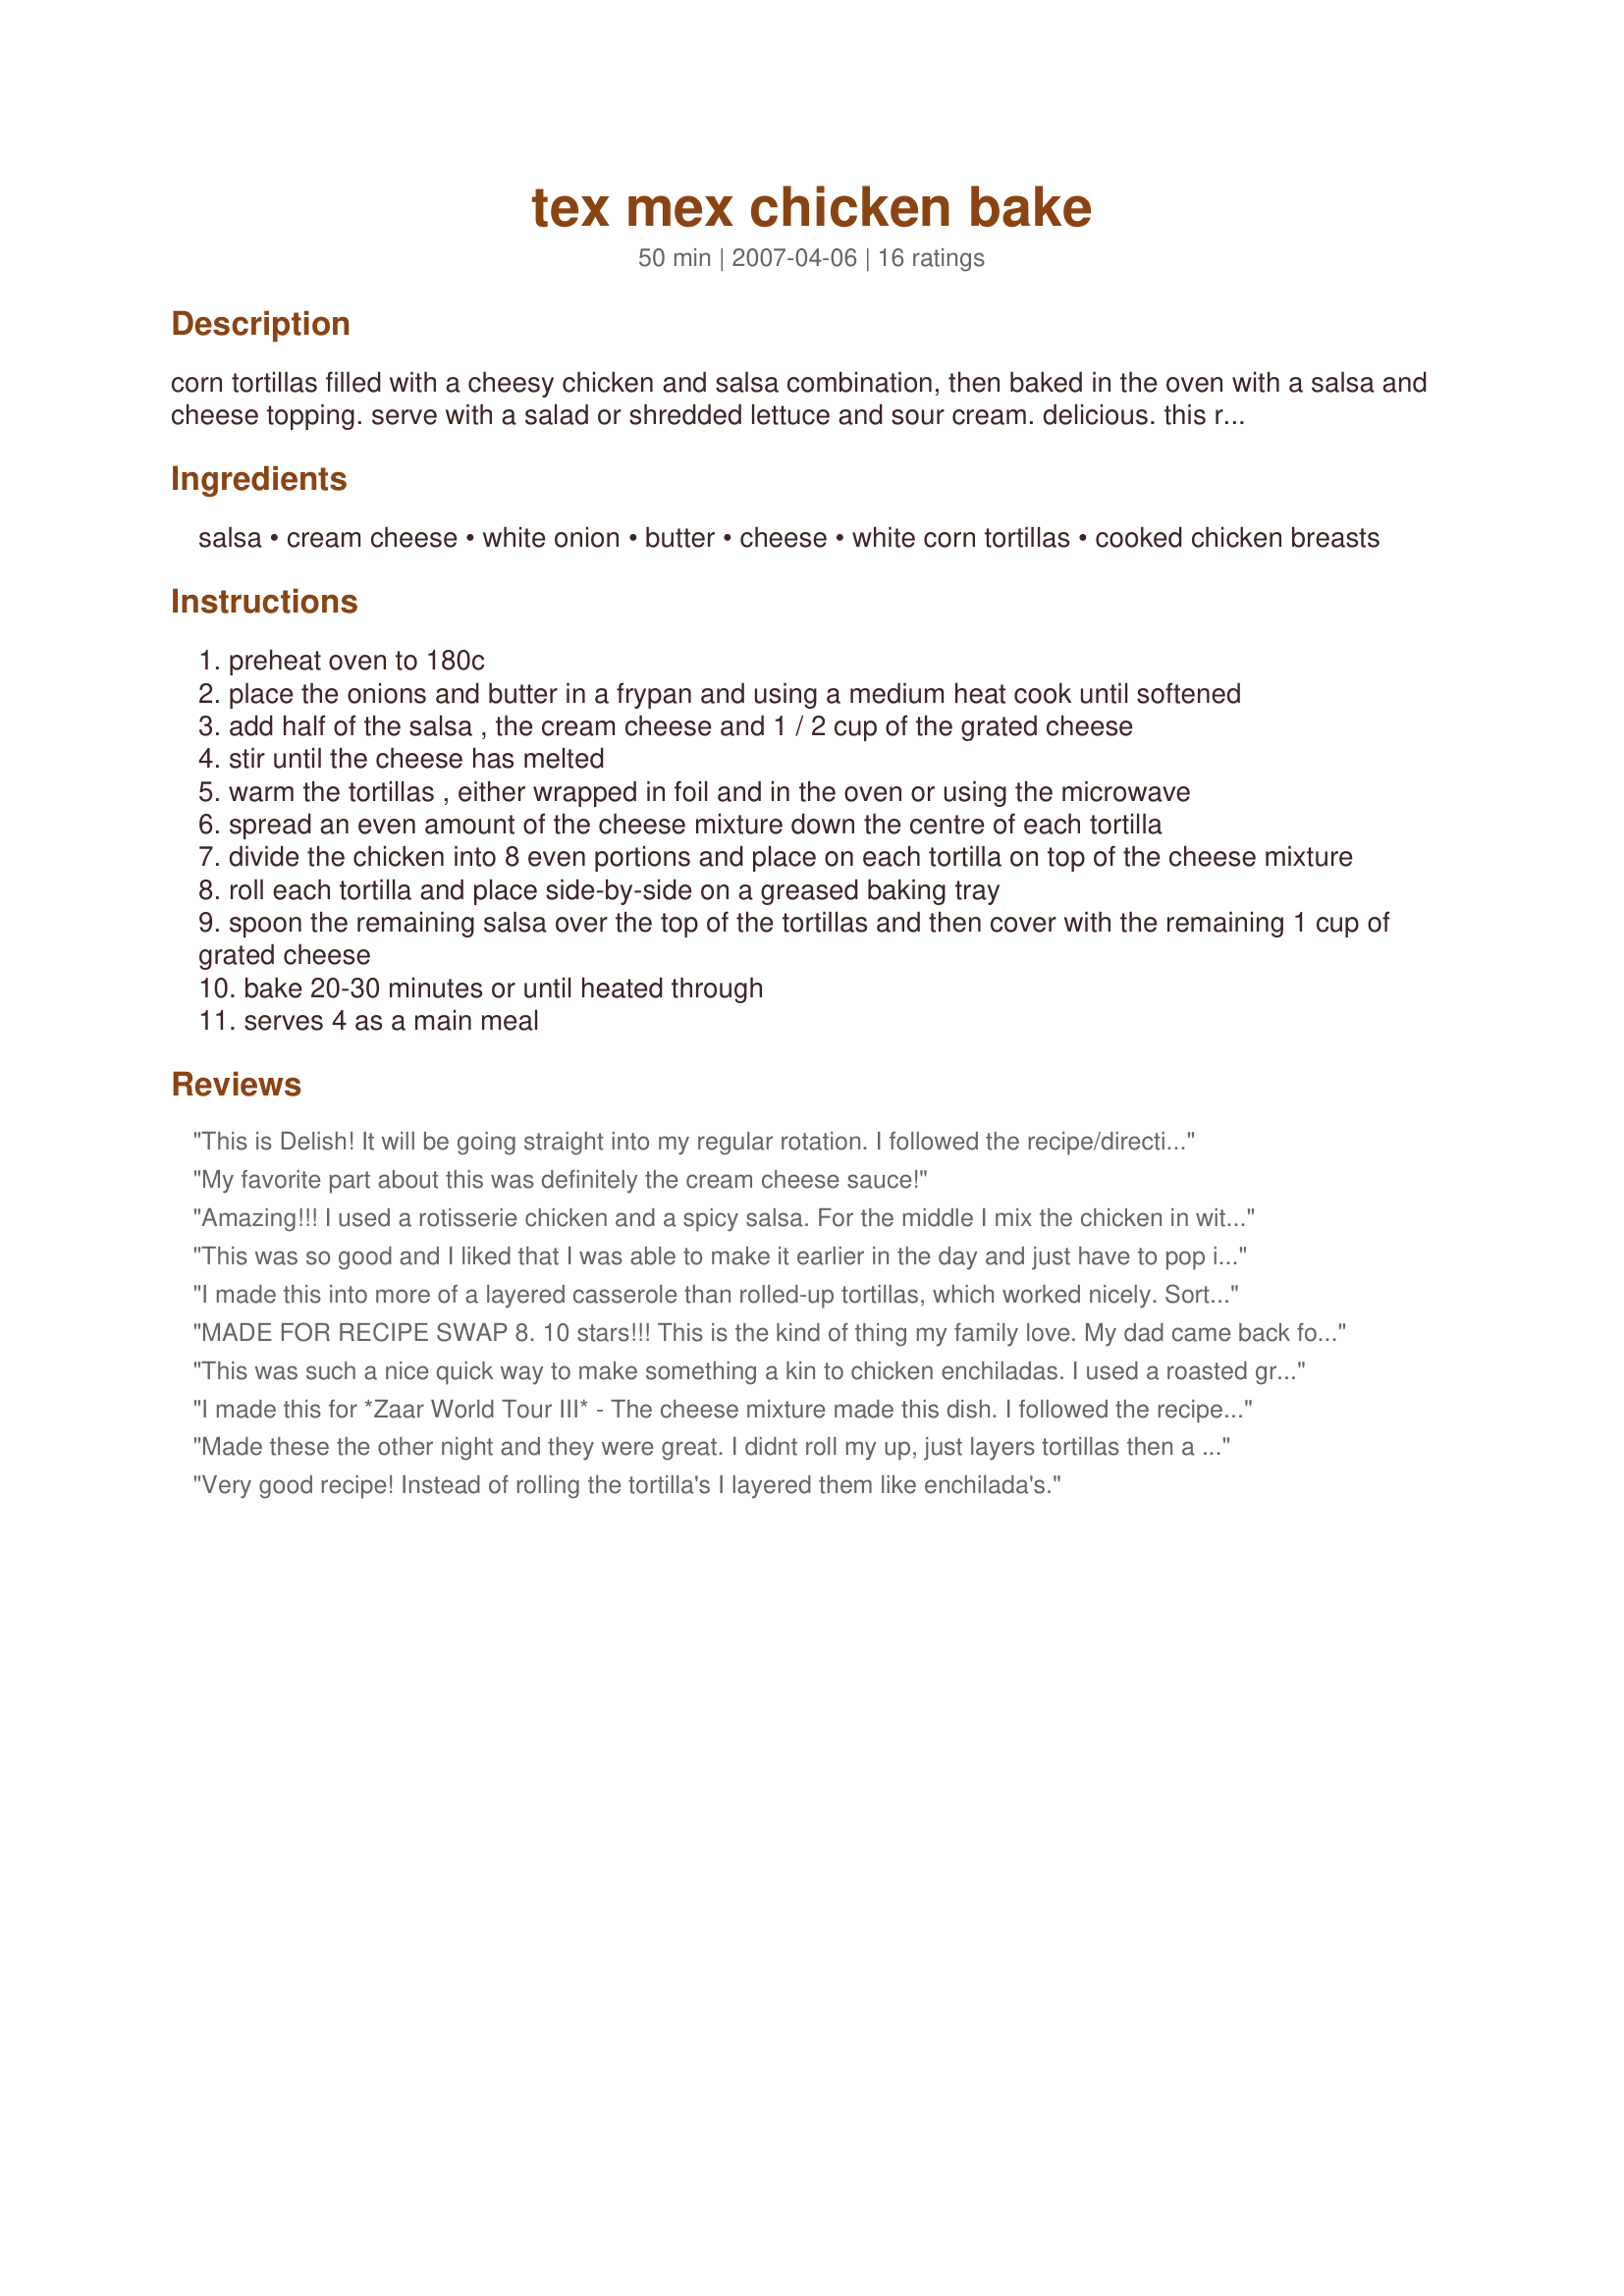
tex mex chicken bake
Preparation time: 50 minutes

corn tortillas filled with a cheesy chicken and salsa combination, then baked in the oven with a salsa and cheese topping. serve with a salad or shredded lettuce and sour cream. delicious. this recipe is gluten free but if you don't require your meals to be gluten free then you can use regular tortillas and your favourite salsa.

Ingredients:
salsa, cream cheese, white onion, butter, cheese, white corn tortillas, cooked chicken breasts

Steps:
preheat oven to 180c
place the onions and butter in a frypan and using a medium heat cook until softened
add half of the salsa , the cream cheese and 1 / 2 cup of the grated cheese
stir until the cheese has melted
warm the tortillas , either wrapped in foil and in the oven or using the microwave
spread an even amount of the cheese mixture down the centre of each tortilla
divide the chicken into 8 even portions and place on each tortilla on top of the cheese mixture
roll each tortilla and place side-by-side on a greased baking tray
spoon the remaining salsa over the top of the tortillas and then cover with the remaining 1 cup of grated cheese
bake 20-30 minutes or until heated through
serves 4 as a main meal

Reviews:
This is Delish! It will be going straight into my regular rotation. I followed the recipe/directions exactly and wasnt dissapointed. It was so quick and easy which I need comming home from work and trying to get dinner ready by a decent hour. Thanks Jubes
My favorite part about this was definitely the cream cheese sauce!
Amazing!!! I used a rotisserie chicken and a spicy salsa. For the middle I mix the chicken in with the cheese mixture. It make the chicken really moist. Thanks for a Great Gluten free recipe
This was so good and I liked that I was able to make it earlier in the day and just have to pop it in the oven. I made it all just didn't put the salsa and cheese on top until putting it in the oven (wasn't sure if the salsa was going to make the tortillas soggy). I like enchiladas, but not all the sauce so this was perfect since I could use my favorite salsa on top. Will be making this again! Made for AUS/NZ Recipe Swap #72.
I made this into more of a layered casserole than rolled-up tortillas, which worked nicely. Sort of like a tex-mex lasagna. We really enjoyed this; easy to make and tasty. If anyone is wondering what 180C is in F and doesn't want to look it up, it's about 355.
MADE FOR RECIPE SWAP 8. 10 stars!!! This is the kind of thing my family love. My dad came back for thirds!!! The only changes i made was i added the remaining salsa from my jar to the topping - probally another cup and a lot more cheese. I also used a whole roticery chicken. I will be making this for years. Thanks for posting. happy Cooking. UPDATED: made this again tonight as my brother came home and I wanted to make him something he would love and would want to come home more for - he loved it (although there wasn't enough for dad for thirds this time lol) UPDATED - YET AGAIN: My gran visited from nz today and this was the first time i cooked for her and it was intimidating as she is such a fabulous cook - well she asked for the recipe and is going to go home and make it for all her friends - not something she does often, she likes to find recipes herself. Thanks again for a fabulous dish! Miss Pixie x x x :D
This was such a nice quick way to make something a kin to chicken enchiladas. I used a roasted green salsa that is loaded with chilies, tomatillos, cilantro and a hint of lime. I also used a mixture of pepper jack and cheddar cheese. Next time I make these I will up the salsa so I have more to pour over the top of the tortillas. Thanks for sharing your recipe **Jubes**. Made and reviewed for OZ/NZ Recipe Swap #52
I made this for *Zaar World Tour III* - The cheese mixture made this dish. I followed the recipe as written and made no changes. It was so quickly and yummy. Thank you **Jubes**
Made these the other night and they were great. I didnt roll my up, just layers tortillas then a layer of everything else finishing with extra cheese on top. Had leftovers since I made atleast double the recipe for my family, so I took the rest to work the next day and had to make copies for everyone of the recipe!
Very good recipe! Instead of rolling the tortilla's I layered them like enchilada's.
This is very good...next time will add garlic, some green peppers, and sour cream. Made for ZWT3.
*Made for Australia/NZ Swap #73* This was quick and simple -- I used the left-over turkey breast from T-giving, and shredded taco blend cheese. I think the most variety of flavor would be the salsa used -- I wasn't particularly pleased with mild chipotle, chunky. Made a full casserole with plenty for another meal. Thanks for posting, Julie.
It doesn't really get much easier than this-and the fact that it tastes so good too makes this a top little recipe.<br/>What's not to like about chicken, salsa, cheese and tortillas? <br/>DELICIOUS!!!<br/>Made for AUS/NZ RECIPE SWAP#64.
So easy and delicious! I didn't have quite enough leftover chicken, so I threw some more in with the onion and cooked it up nice and quick. I used a spicy salsa and a Mexican-style cheese blend. Thanks for sharing! PAC Fall '11
whats not to like?? all went together well, and easily. Used a mild salsa for the grandies, and they loved it! made for Aussie swap June 2013
A great, easy Sunday night dinner. Like the other reviews said, the cheese sauce makes this dish something special. I didn't have leftover chicken, so sliced some chicken thigh fillets, marinated with Mexican chilli powder & lime juice, then stirfried for a few minutes. I also used flour tortillas, as they're our preference & I'm no longer gluten free. Thanks **Jubes** for this keeper.
